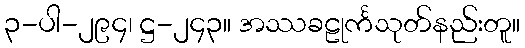
၃-ပါ-၂၉၄၊ ဋ္ဌ-၂၄၃။ အဿခဠုင်္ကသုတ်နည်းတူ။